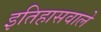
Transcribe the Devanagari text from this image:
इतिहासवाले